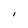
Character: I